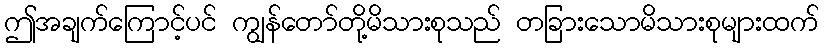
ဤအချက်ကြောင့်ပင် ကျွန်တော်တို့မိသားစုသည် တခြားသောမိသားစုများထက်